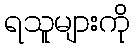
ရသူများကို